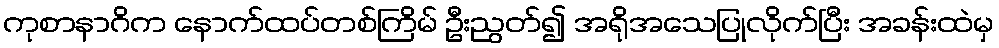
ကုစာနာဂိက နောက်ထပ်တစ်ကြိမ် ဦးညွတ်၍ အရိုအသေပြုလိုက်ပြီး အခန်းထဲမှ